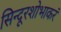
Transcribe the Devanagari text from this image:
सिन्दूरशोभाकरं